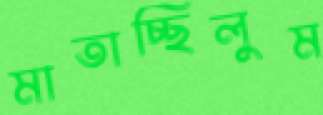
মাতাচ্ছিলুম